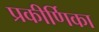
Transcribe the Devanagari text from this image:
प्रकीर्णिका